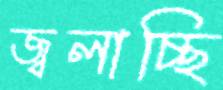
জ্বলাচ্ছি